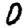
Digit: 0